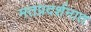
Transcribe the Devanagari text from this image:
मतप्रदर्शनात